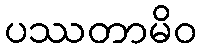
ပဿတာမိဝ